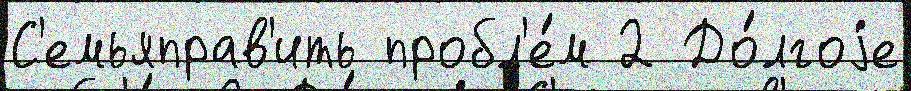
С'емьяправ'ить пробл'е́м 2 До́лгоjе